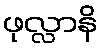
ဖုလ္လာနိ